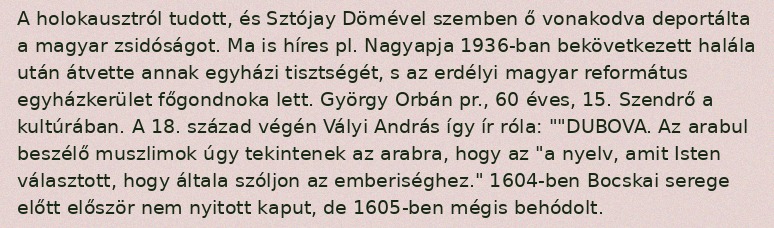
A holokausztról tudott, és Sztójay Dömével szemben ő vonakodva deportálta a magyar zsidóságot. Ma is híres pl. Nagyapja 1936-ban bekövetkezett halála után átvette annak egyházi tisztségét, s az erdélyi magyar református egyházkerület főgondnoka lett. György Orbán pr., 60 éves, 15. Szendrő a kultúrában. A 18. század végén Vályi András így ír róla: ""DUBOVA. Az arabul beszélő muszlimok úgy tekintenek az arabra, hogy az "a nyelv, amit Isten választott, hogy általa szóljon az emberiséghez." 1604-ben Bocskai serege előtt először nem nyitott kaput, de 1605-ben mégis behódolt.